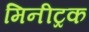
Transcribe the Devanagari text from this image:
मिनीट्रक